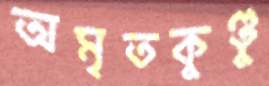
অমৃতকুণ্ডু